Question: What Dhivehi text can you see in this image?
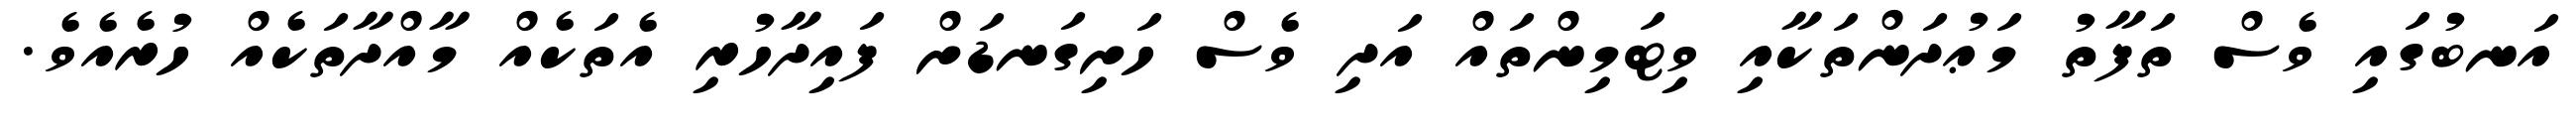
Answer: އަނބުގައި ވެސް ތަފާތު މަޢުދަންތަކާއި ވިޓަމިންތައް އަދި ވެސް ހަށިގަނޑަށް ފައިދާހުރި އެތަކެއް މާއްދާތަކެއް ހުރެއެވެ.